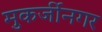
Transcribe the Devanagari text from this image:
मुकर्जीनगर